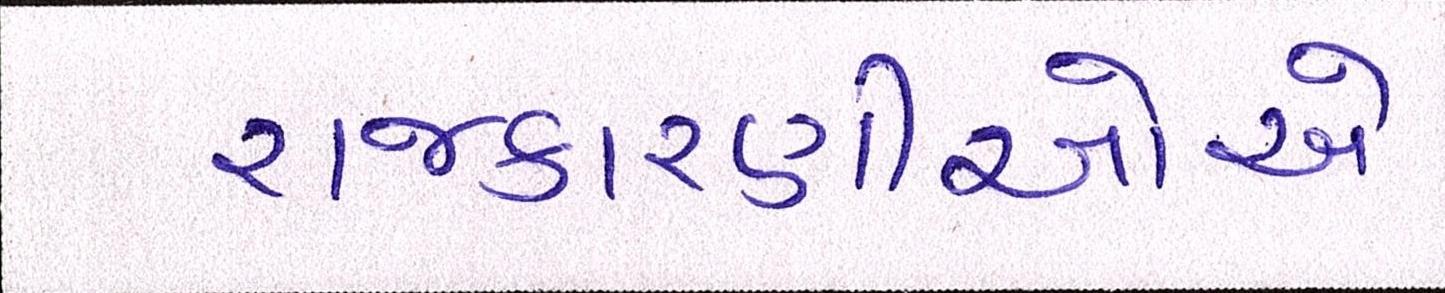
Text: રાજકારણીઓએ